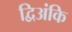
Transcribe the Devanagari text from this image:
द्विअंकि